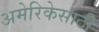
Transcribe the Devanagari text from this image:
अमेरिकेसाठी